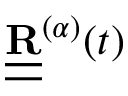
{ \underline { { \underline { { \bf R } } } } } ^ { ( \alpha ) } ( t )